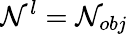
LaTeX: \mathcal{N}^{l}=\mathcal{N}_{obj}